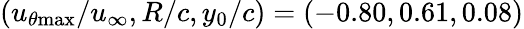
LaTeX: (u_{\theta\mathrm{{max}}}/u_{\infty},R/c,y_{0}/c)=(-0.80,0.61,0.08)